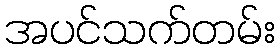
အပင်သက်တမ်း